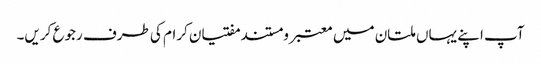
آپ اپنے یہاں ملتان میں معتبر و مستند مفتیان کرام کی طرف رجوع کریں۔